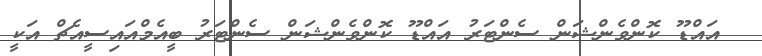
އައްޑޫ ކޮންވެންޝަން ސެންޓަރު އައްޑޫ ކޮންވެންޝަން ސެންޓަރު ބީއެމްއައިސީއެޗް އަކީ